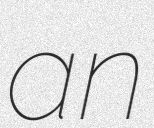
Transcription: an